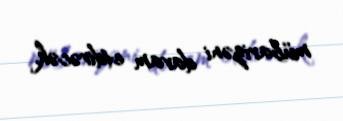
mübarizəni davam etdirəcək.